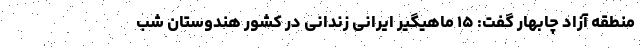
منطقه آزاد چابهار گفت: ۱۵ ماهیگیر ایرانی زندانی در کشور هندوستان شب